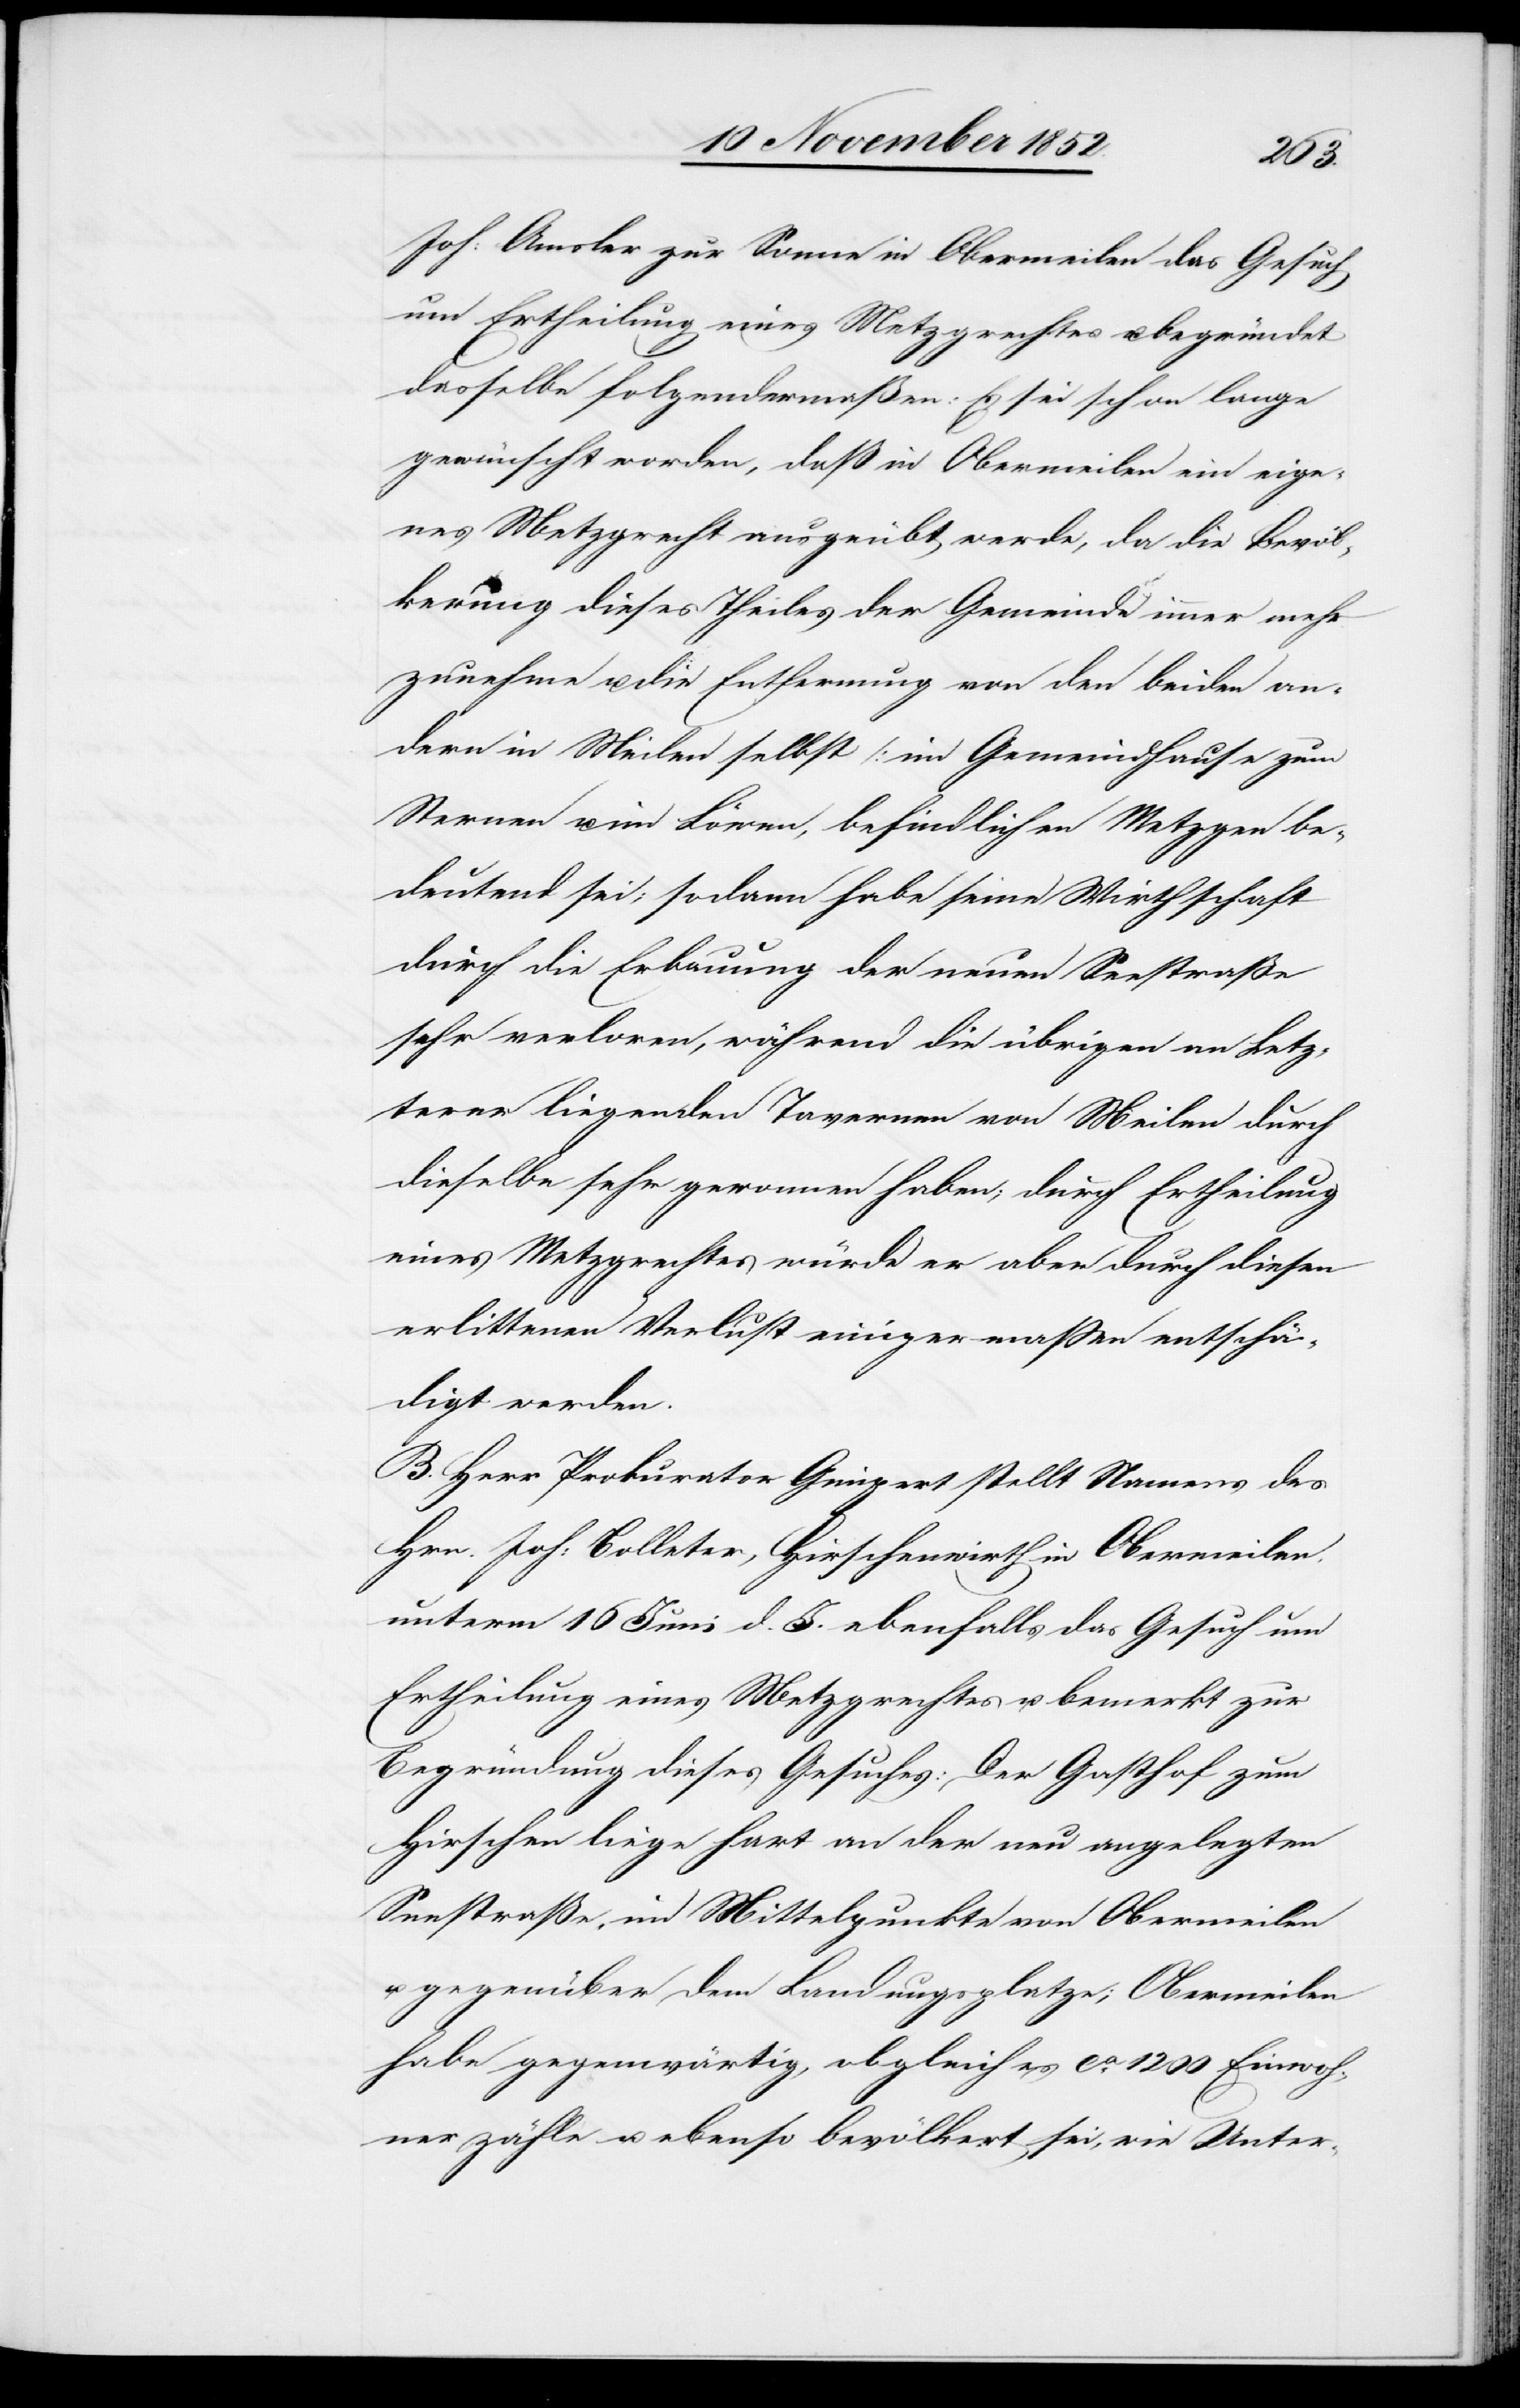
Joh: Amsler zur Sonne in Obermeilen das Gesuch
um Ertheilung eines Metzgrechtes u. begründet
dasselbe folgendermaßen: Es sei schon lange
gewünscht worden, daß in Obermeilen ein eige¬
nes Metzgrecht ausgeübt werde, da die Bevöl¬
kerung dieses Theiles der Gemeinde immer mehr
zunehme u. die Entfernung von den beiden an¬
dern in Meilen selbst [im Gemeindhause zum
Sternen u. im Löwen[]], befindlichen Metzgen be¬
deutend sei; sodann habe seine Wirthschaft
durch die Erbauung der neuen Seestraße
sehr verloren, während die übrigen an Letz¬
terer liegenden Tavernen von Meilen durch
dieselbe sehr gewonnen haben; durch Ertheilung
eines Metzgrechtes würde er aber durch diesen
erlittenen Verlust einigermaßen entschä¬
digt werden.
B. Herr Prokurator Gimpert stellt Namens des
Hrn. Joh: Bolleter, Hirschenwirth in Obermeilen,
unterm 16 Juni d. J. ebenfalls das Gesuch um
Ertheilung eines Metzgrechtes u. bemerkt zur
Begründung dieses Gesuches: Der Gasthof zum
Hirschen liege hart an der neu angelegten
Seestraße, im Mittelpunkte von Obermeilen
gegenüber dem Landungsplatze; Obermeilen
habe gegenwärtig, obgleich es ca. 1200 Einwoh¬
ner zähle u. ebenso bevölkert sei, wie Unter-